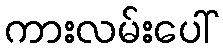
ကားလမ်းပေါ်